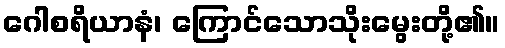
ဂေါစရိယာနံ၊ ကြောင်သောသိုးမွေးတို့၏။